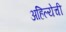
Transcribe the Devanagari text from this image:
अहिल्येची